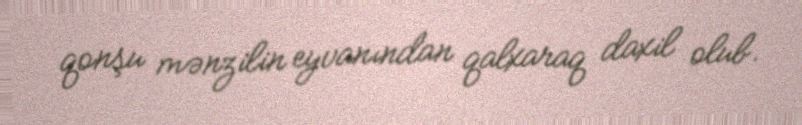
qonşu mənzilin eyvanından qalxaraq daxil olub.